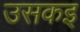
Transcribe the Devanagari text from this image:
उसकइ